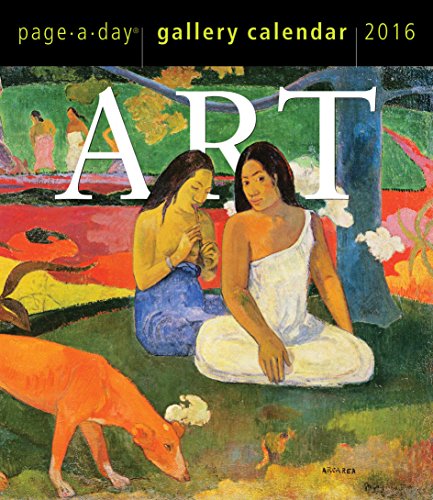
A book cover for Art Page-A-Day Gallery Calendar 2016; Workman Publishing; Calendars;